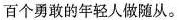
百个勇敢的年轻人做随从。